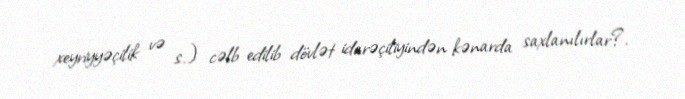
xeyriyyəçilik və s.) cəlb edilib dövlət idarəçiliyindən kənarda saxlanılırlar?.